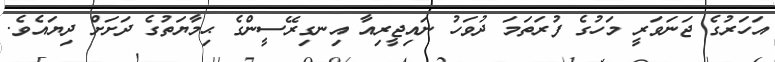
އަހަރުގެ ޖަނަވަރީ މަހުގެ ފުރަތަމަ ދުވަހު ނައިޖީރިއާ އިނގިރޭސީންގެ ޙިމާޔަތުގެ ދަށަށް ދިޔައެވެ.